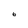
Character: 6